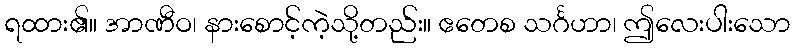
ရထား၏။ အာဏီဝ၊ နားစောင့်ကဲ့သို့တည်း။ ဧတေစ သင်္ဂဟာ၊ ဤလေးပါးသော